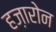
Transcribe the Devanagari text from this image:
हज़ारोन